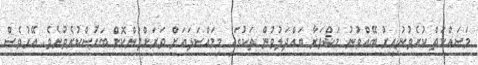
މަސައްކަތް ކުރެވުނުއިރު ބޭއްވުނު މަޝްވަރާ ބައްދަލުވުން ތަކުގައި މިމައްސަލައަށް ވަރަށްފުންކޮށް ބަހުސްކުރެވުނެވެ. އޭރުވެސް